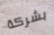
بشركة